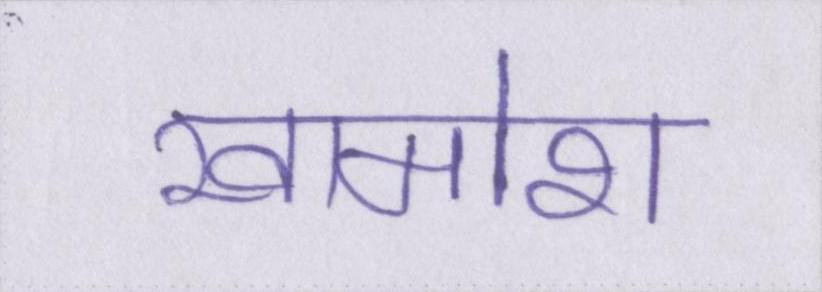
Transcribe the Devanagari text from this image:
खामोश